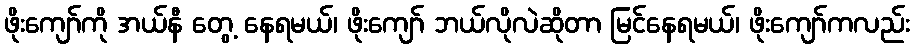
ဖိုးကျော်ကို အယ်နီ တွေ့ နေရမယ်၊ ဖိုးကျော် ဘယ်လိုလဲဆိုတာ မြင်နေရမယ်၊ ဖိုးကျော်ကလည်း